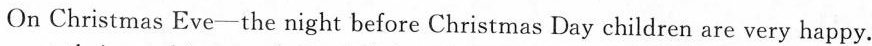
On Christmas Eve-the night before Christmas Day children are very happy.